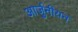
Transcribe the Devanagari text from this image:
आर्जुनीयन